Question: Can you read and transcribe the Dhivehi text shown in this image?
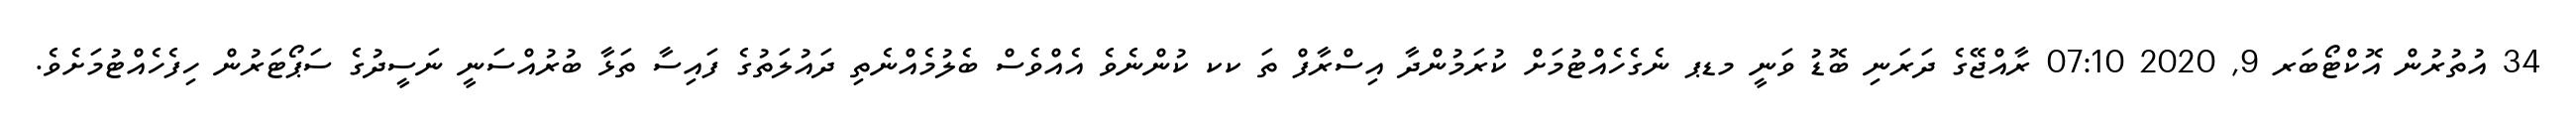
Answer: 34 އުތުރުން އޮކްޓޯބަރ 9, 2020 07:10 ރާއްޖޭގެ ދަރަނި ބޮޑު ވަނީ މޑޕ ނެގެހެއްޓުމަށް ކުރަމުންދާ އިސްރާފް ތަ ކކ ކުންނެވެ އެއްވެސް ބެލުމެއްނެތި ދައުލަތުގެ ފައިސާ ތަޅާ ބުރުއްސަނީ ނަސީދުގެ ސަޕޯޓަރުން ހިފެހެއްޓުމަށެވެ.